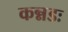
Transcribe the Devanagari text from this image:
कन्नडः